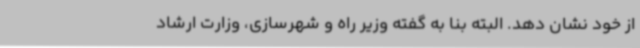
از خود نشان دهد. البته بنا به گفته وزیر راه و شهرسازی، وزارت ارشاد